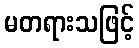
မတရားသဖြင့်